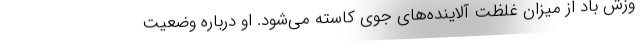
وزش باد از میزان غلظت آلاینده‌های جوی کاسته می‌شود. او درباره وضعیت